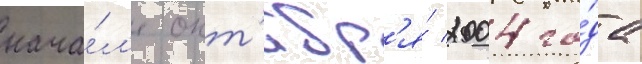
нача́л'е окт'ябр'я́ 2004 го́да